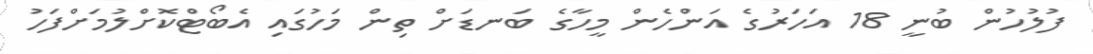
ފުލުހުން ބުނީ 18 އަހަރުގެ އަންހެން މީހާގެ ބަނޑަށް ތިން މަހުގައި އެބޯޓްކޮށްލުމަށްފަހު